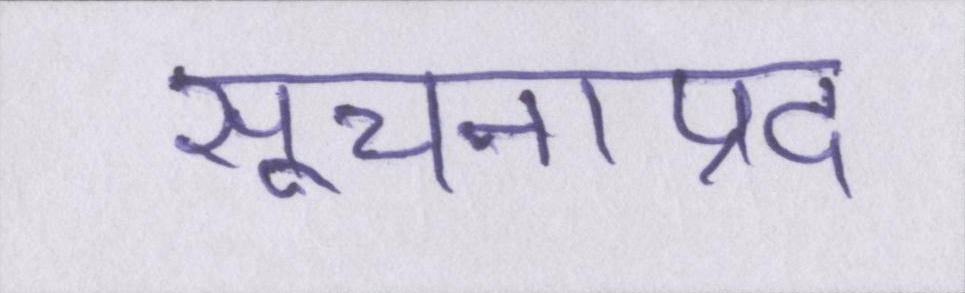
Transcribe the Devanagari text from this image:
सूचनाप्रद